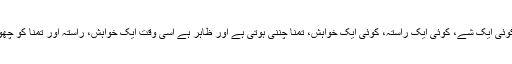
ہمیں ہر صُورت کُوئی ایک شے، کُوئی ایک راستہ، کُوئی ایک خواہش، تمنا چُننی ہوتی ہے اور ظاہر ہے اُسی وقت ایک خواہش، راستہ اور تمنا کو چھوڑنا بھی پڑتا ہے۔